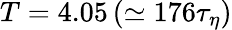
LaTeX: T=4.05\, (\simeq 176\tau_{\eta})